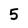
Character: 5